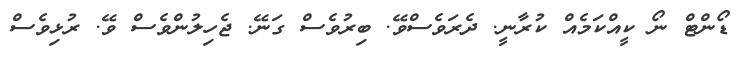
ޑޯންޓް ނޯ ކީއްކަމެއް ކުރާނީ. ދެރަވެސްވޭ. ބިރުވެސް ގަނޭ. ޖެހިލުންވެސް ވޭ. ރުޅިވެސް